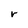
Character: r